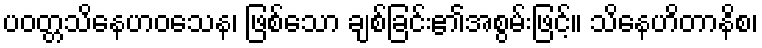
ပဝတ္တသိနေဟဝသေန၊ ဖြစ်သော ချစ်ခြင်း၏အစွမ်းဖြင့်။ သိနေဟိတာနိစ၊